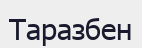
Таразбен